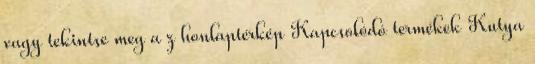
vagy tekintse meg a z honlaptérkép Kapcsolódó termékek Kutya